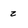
Character: z